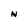
Character: N